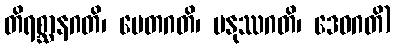
တိရစ္ဆာနဂတိ၊ ပေတဂတိ၊ မနုဿဂတိ၊ ဒေဝဂတိ)